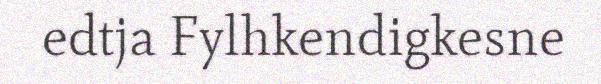
edtja Fylhkendigkesne